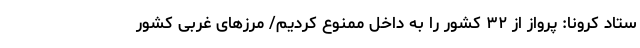
ستاد کرونا: پرواز از ۳۲ کشور را به داخل ممنوع کردیم/ مرزهای غربی کشور